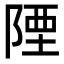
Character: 陻